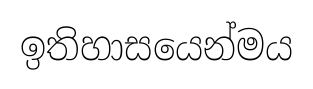
ඉතිහාසයෙන්මය